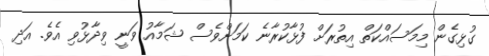
ގުޅިގެން މިމަސައްކަތް އިތުރަށް ފުޅާކުރާނެ ކަމަށްވެސް ޝަމާއު ވަނީ ވިދާޅުވި އެވެ. އަދި